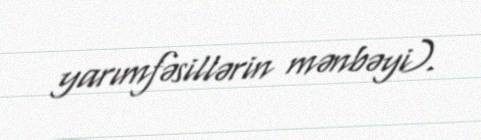
yarımfəsillərin mənbəyi).